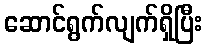
ဆောင်ရွက်လျက်ရှိပြီး